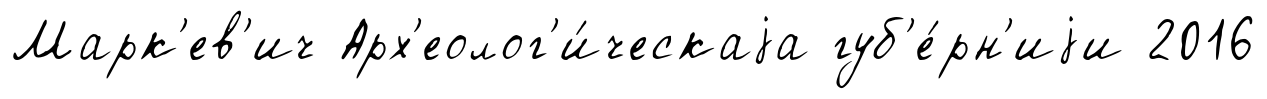
Марк'ев'ич Арх'еолог'и́ческаjа губ'е́рн'иjи 2016